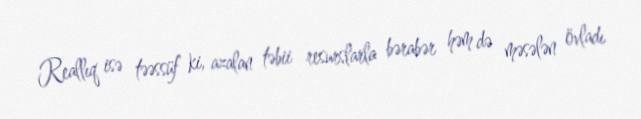
Reallıq isə təəssüf ki, azalan təbii resurslarla bərabər həm də məsələn övladı